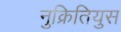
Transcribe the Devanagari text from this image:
नुक्रितियुस